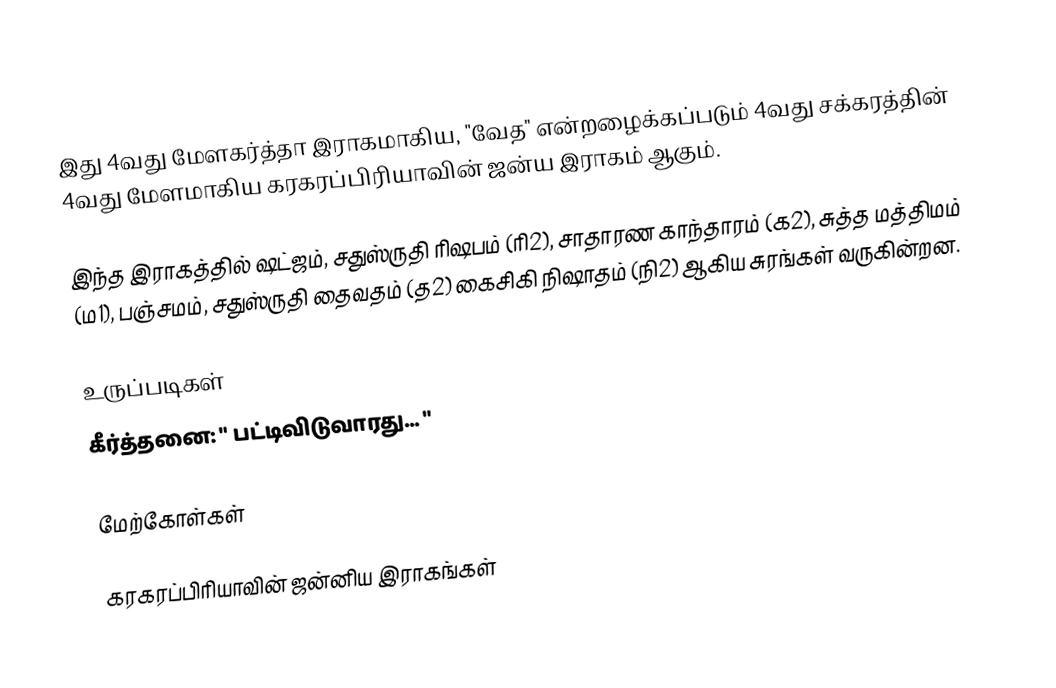
இது 4வது மேளகர்த்தா இராகமாகிய, "வேத" என்றழைக்கப்படும் 4வது சக்கரத்தின் 4வது மேளமாகிய கரகரப்பிரியாவின் ஜன்ய இராகம் ஆகும்.

இந்த இராகத்தில் ஷட்ஜம், சதுஸ்ருதி ரிஷபம் (ரி2), சாதாரண காந்தாரம் (க2), சுத்த மத்திமம் (ம1), பஞ்சமம், சதுஸ்ருதி தைவதம் (த2) கைசிகி நிஷாதம் (நி2) ஆகிய சுரங்கள் வருகின்றன.

உருப்படிகள்
 கீர்த்தனை: " பட்டிவிடுவாரது... "

மேற்கோள்கள்

கரகரப்பிரியாவின் ஜன்னிய இராகங்கள்